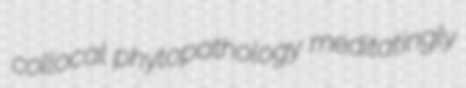
collocal phytopathology meditatingly